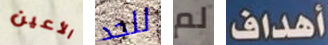
الأعين للحد لم أهداف